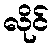
လိုင်